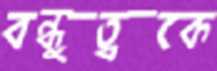
বন্ধুত্বকে